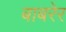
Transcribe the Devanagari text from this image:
बाबरेर